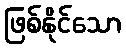
ဖြစ်နိုင်သော